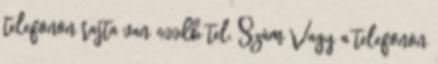
telefonon rajta van 400db tel. Szám Vagy a telefonon